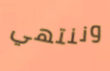
وننتهي